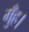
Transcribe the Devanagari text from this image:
मुँह।